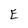
Character: E